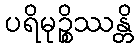
ပရိမုဉ္စိဿန္တိ